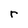
Character: r